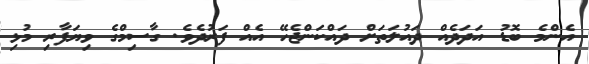
އެންމެ ބޮޑު އަދަދެއް ދައުލަތަށް ދައްކަންޖެހޭ އެއް ފަރުދެވެ. ގާސިމްގެ ވިޔަފާރި މުޅި